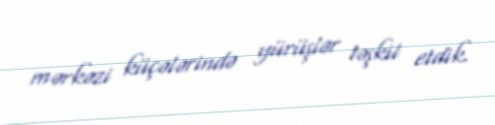
mərkəzi küçələrində yürüşlər təşkil etdik.